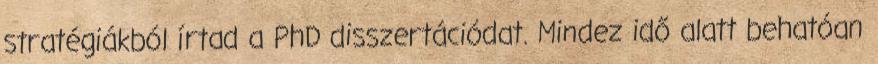
stratégiákból írtad a PhD disszertációdat. Mindez idő alatt behatóan